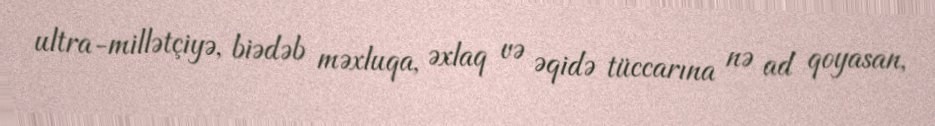
ultra-millətçiyə, biədəb məxluqa, əxlaq və əqidə tüccarına nə ad qoyasan,